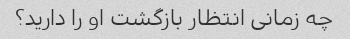
چه زمانی انتظار بازگشت او را دارید؟